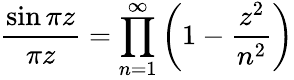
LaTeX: {\frac{\sin\pi z}{\pi z}}=\prod_{n=1}^{\infty}\left(1-{\frac{z^{2}}{n^{2}}}\right)